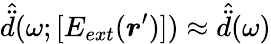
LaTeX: \hat{\ddot{d}}(\omega;[E_{ext}(\boldsymbol{r}^{\prime})])\approx\hat{\ddot{d}}(\omega)